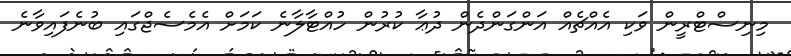
މިނިސްޓްރީން ވަކި އެއްޗެއް އަންގަންދެން ދުޢާ ކުރުން ހުއްޓާލާނެ ކަމަށް އެމެސެޖްގައި ބުނެފައިވާނެ